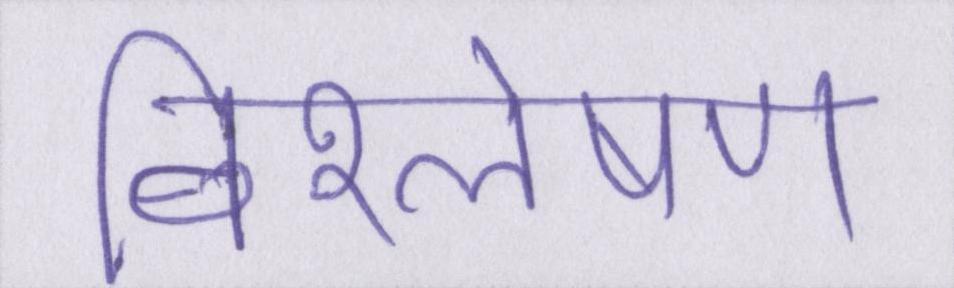
विश्लेषण